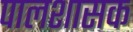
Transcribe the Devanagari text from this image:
पालशासक